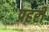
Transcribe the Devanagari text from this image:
प्रहरीं